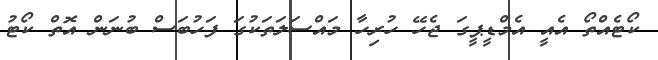
ކޯޓެއްތޯ އެއީ އެމްޑީޕީގަ ޖެހޭ ހުރިހާ މައްސަލަތަކުގަ ފަހުބަސް ބުނަން އޮތް ކޯޓު